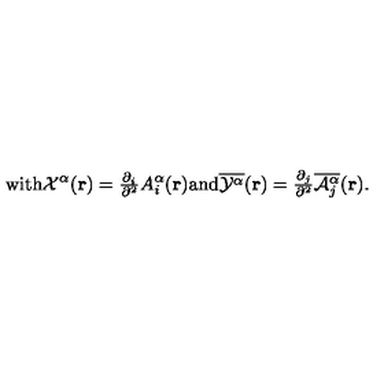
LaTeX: \mathrm { w i t h } { \cal { X } } ^ { \alpha } ( { \bf { r } } ) = { \textstyle \frac { \partial _ { i } } { \partial ^ { 2 } } } A _ { i } ^ { \alpha } ( { \bf { r } } ) \mathrm { a n d } \overline { { { \cal Y } ^ { \alpha } } } ( { \bf r } ) = { \textstyle \frac { \partial _ { j } } { \partial ^ { 2 } } \overline { { { \cal A } _ { j } ^ { \alpha } } } ( { \bf r } ) } .